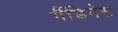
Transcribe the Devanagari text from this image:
गैंडिनेस